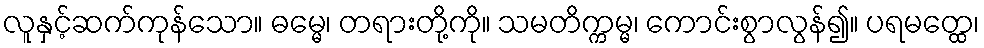
လူနှင့်ဆက်ကုန်သော။ ဓမ္မေ၊ တရားတို့ကို။ သမတိက္ကမ္မ၊ ကောင်းစွာလွန်၍။ ပရမတ္ထေ၊